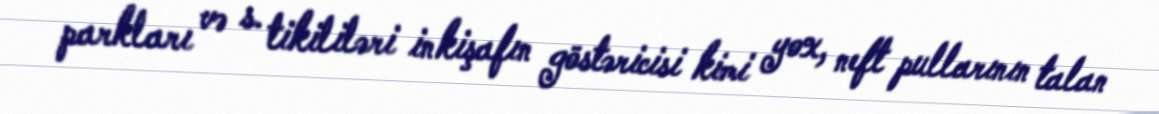
parkları və s. tikililəri inkişafın göstəricisi kimi yox, neft pullarının talan